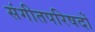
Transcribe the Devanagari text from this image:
संगीतपरिषदों